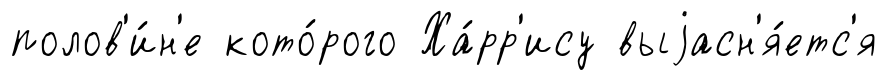
полов'и́н'е кото́рого Ха́рр'ису выjасн'я́етс'я